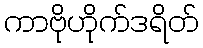
ကာဗိုဟိုက်ဒရိတ်